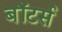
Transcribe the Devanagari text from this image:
बॉटर्स